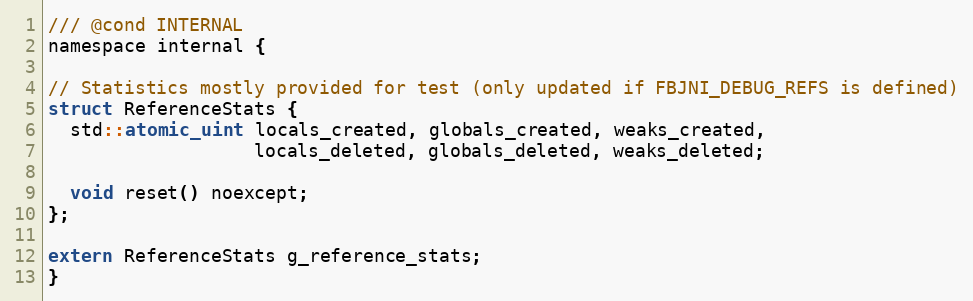
Language: C
/// @cond INTERNAL
namespace internal {

// Statistics mostly provided for test (only updated if FBJNI_DEBUG_REFS is defined)
struct ReferenceStats {
  std::atomic_uint locals_created, globals_created, weaks_created,
                   locals_deleted, globals_deleted, weaks_deleted;

  void reset() noexcept;
};

extern ReferenceStats g_reference_stats;
}